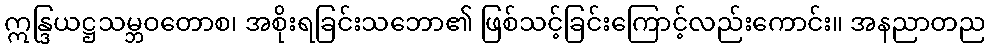
ဣန္ဒြယဋ္ဌသမ္ဘဝတောစ၊ အစိုးရခြင်းသဘော၏ ဖြစ်သင့်ခြင်းကြောင့်လည်းကောင်း။ အနညာတည